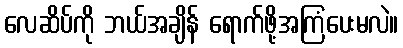
လေဆိပ်ကို ဘယ်အချိန် ရောက်ဖို့အကြံပေးမလဲ။